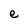
Character: e